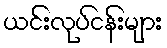
ယင်းလုပ်ငန်းများ